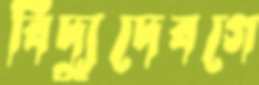
বিদ্যুদেবগে